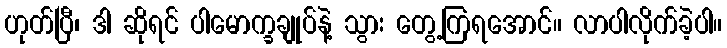
ဟုတ်ပြီ၊ ဒါ ဆိုရင် ပါမောက္ခချုပ်နဲ့ သွား တွေ့ကြရအောင်။ လာပါလိုက်ခဲ့ပါ။